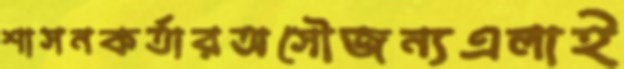
শাসনকর্তারঅসৌজন্যএলাই